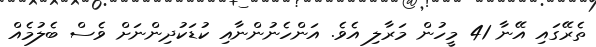
ތެރޭގައި އޭނާ 41 މީހުން މަރާލި އެވެ. އަންހެނުންނާއި ކުޑަކުދިންނަށް ވެސް ބެލުމެއް